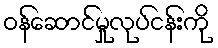
ဝန်ဆောင်မှုလုပ်ငန်းကို